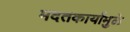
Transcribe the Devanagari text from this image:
मदतकार्यामुळे